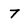
Character: 7